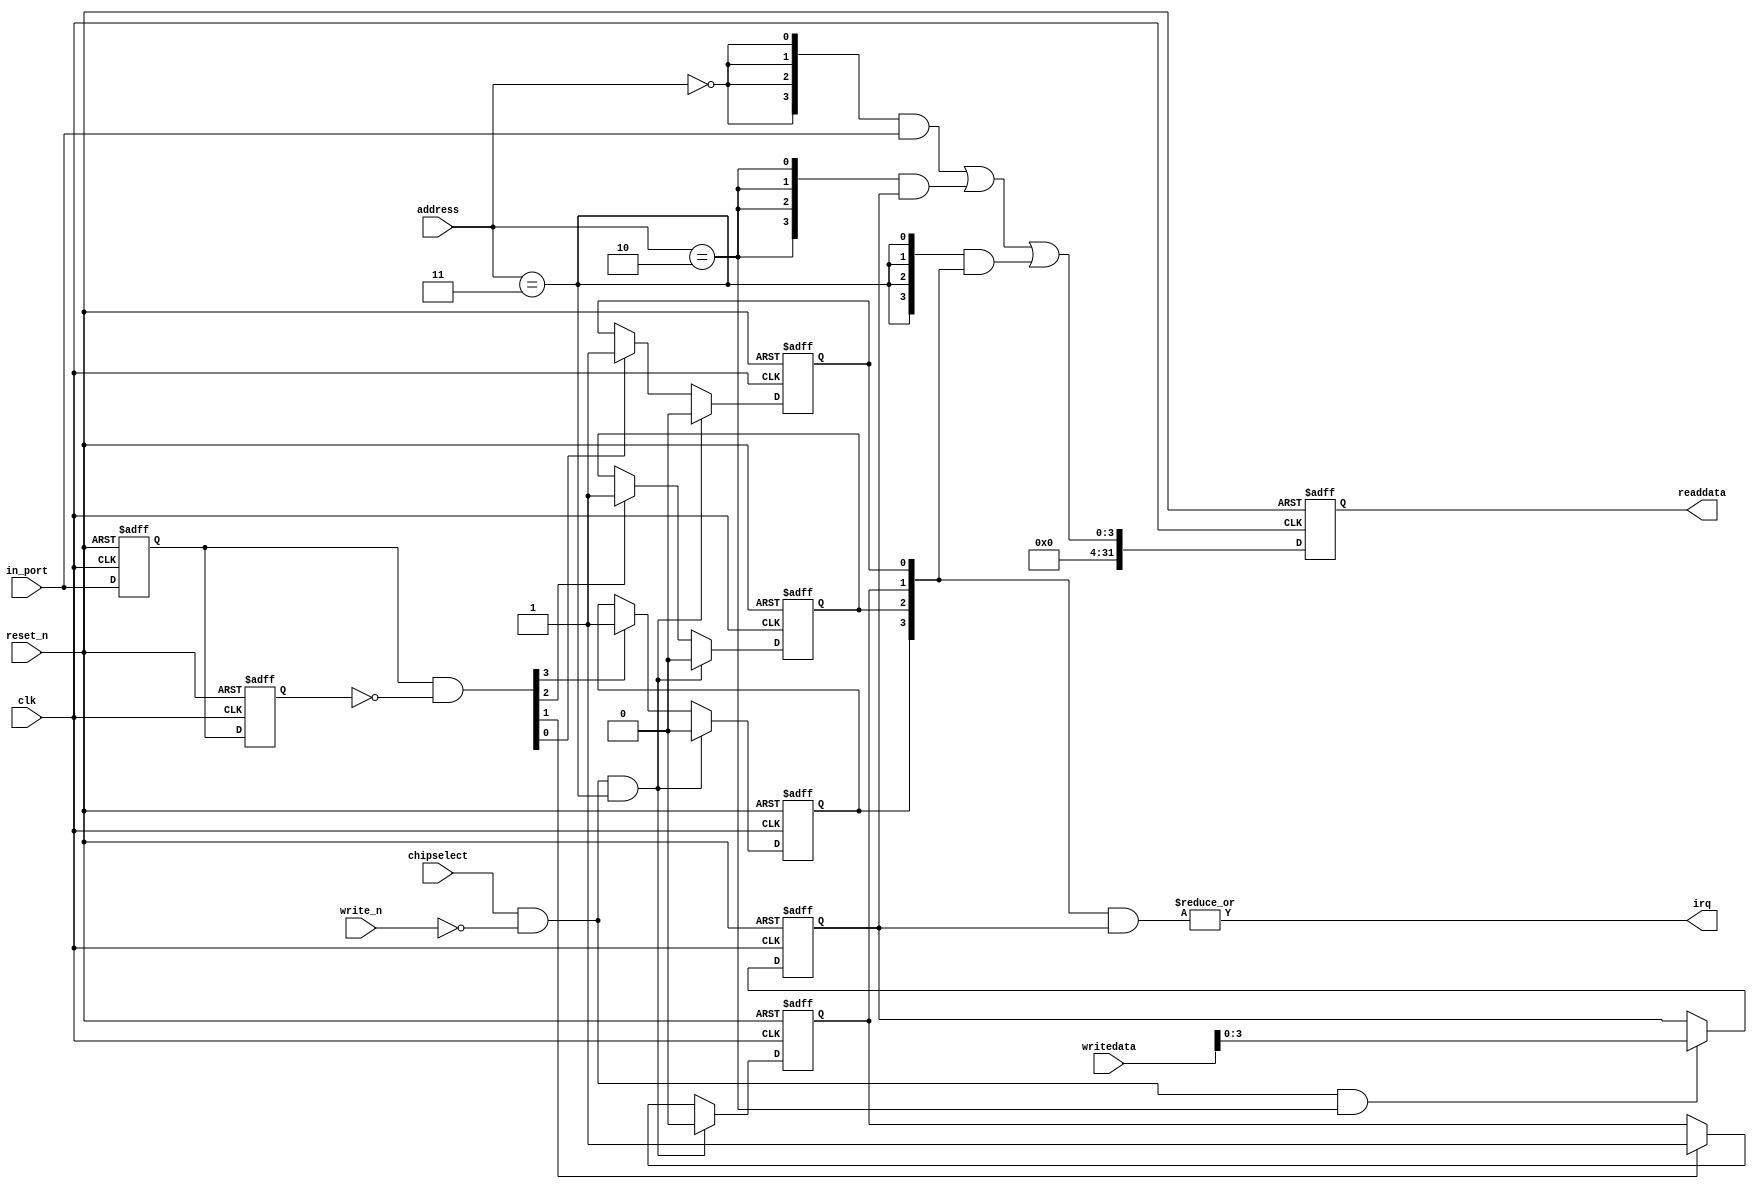
module sonic_v1_15_nios_base_ext_ctrl (
                                        // inputs:
                                         address,
                                         chipselect,
                                         clk,
                                         in_port,
                                         reset_n,
                                         write_n,
                                         writedata,

                                        // outputs:
                                         irq,
                                         readdata
                                      )
;

  output           irq;
  output  [ 31: 0] readdata;
  input   [  1: 0] address;
  input            chipselect;
  input            clk;
  input   [  3: 0] in_port;
  input            reset_n;
  input            write_n;
  input   [ 31: 0] writedata;

  wire             clk_en;
  reg     [  3: 0] d1_data_in;
  reg     [  3: 0] d2_data_in;
  wire    [  3: 0] data_in;
  reg     [  3: 0] edge_capture;
  wire             edge_capture_wr_strobe;
  wire    [  3: 0] edge_detect;
  wire             irq;
  reg     [  3: 0] irq_mask;
  wire    [  3: 0] read_mux_out;
  reg     [ 31: 0] readdata;
  assign clk_en = 1;
  //s1, which is an e_avalon_slave
  assign read_mux_out = ({4 {(address == 0)}} & data_in) |
    ({4 {(address == 2)}} & irq_mask) |
    ({4 {(address == 3)}} & edge_capture);

  always @(posedge clk or negedge reset_n)
    begin
      if (reset_n == 0)
          readdata <= 0;
      else if (clk_en)
          readdata <= {{{32 - 4}{1'b0}},read_mux_out};
    end


  assign data_in = in_port;
  always @(posedge clk or negedge reset_n)
    begin
      if (reset_n == 0)
          irq_mask <= 0;
      else if (chipselect && ~write_n && (address == 2))
          irq_mask <= writedata[3 : 0];
    end


  assign irq = |(edge_capture & irq_mask);
  assign edge_capture_wr_strobe = chipselect && ~write_n && (address == 3);
  always @(posedge clk or negedge reset_n)
    begin
      if (reset_n == 0)
          edge_capture[0] <= 0;
      else if (clk_en)
          if (edge_capture_wr_strobe)
              edge_capture[0] <= 0;
          else if (edge_detect[0])
              edge_capture[0] <= -1;
    end


  always @(posedge clk or negedge reset_n)
    begin
      if (reset_n == 0)
          edge_capture[1] <= 0;
      else if (clk_en)
          if (edge_capture_wr_strobe)
              edge_capture[1] <= 0;
          else if (edge_detect[1])
              edge_capture[1] <= -1;
    end


  always @(posedge clk or negedge reset_n)
    begin
      if (reset_n == 0)
          edge_capture[2] <= 0;
      else if (clk_en)
          if (edge_capture_wr_strobe)
              edge_capture[2] <= 0;
          else if (edge_detect[2])
              edge_capture[2] <= -1;
    end


  always @(posedge clk or negedge reset_n)
    begin
      if (reset_n == 0)
          edge_capture[3] <= 0;
      else if (clk_en)
          if (edge_capture_wr_strobe)
              edge_capture[3] <= 0;
          else if (edge_detect[3])
              edge_capture[3] <= -1;
    end


  always @(posedge clk or negedge reset_n)
    begin
      if (reset_n == 0)
        begin
          d1_data_in <= 0;
          d2_data_in <= 0;
        end
      else if (clk_en)
        begin
          d1_data_in <= data_in;
          d2_data_in <= d1_data_in;
        end
    end


  assign edge_detect = d1_data_in & ~d2_data_in;

endmodule